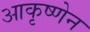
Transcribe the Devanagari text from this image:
आकृष्णेन